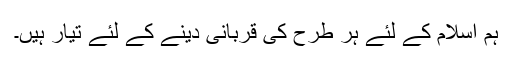
ہم اسلام کے لئے ہر طرح کی قربانی دینے کے لئے تیار ہیں۔